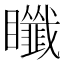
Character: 𥍀